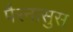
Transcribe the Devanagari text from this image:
पैरनासुस